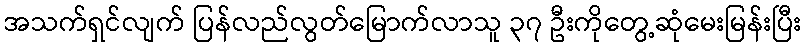
အသက်ရှင်လျက် ပြန်လည်လွတ်မြောက်လာသူ ၃၇ ဦးကိုတွေ့ဆုံမေးမြန်းပြီး